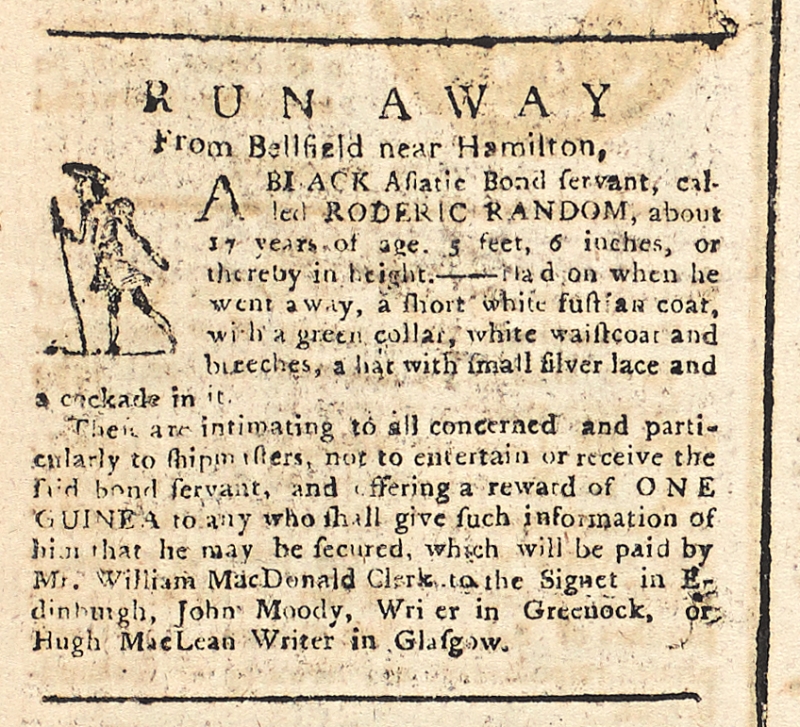
Glasgow Journal, 4 March 1773 (Scotland)
RUN AWAY From Bellfield near Hamilton, A BLACK Asiatic Bond servant, called RODERIC RANDOM, about 17 years of age, 5 feet, 6 inches, or thereby in height. - Had on when he went away, a short white fustian coat, with a green collar, white waistcoat and breeches, a hat with small silver lace and a cockade in it.  These are intimating to all concerned and particularly to shipmasters, not to entertain or receive said bond servant, and offering a reward of ONE GUINEA to any who shall give such information of him that he may be secured, which will be paid by Mr. William MacDonald Clerk to the Signet in Edinburgh, John Moody, Writer in Greenock, or Hugh MacLean Writer in Glasgow.